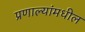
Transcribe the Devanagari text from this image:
प्रणाल्यांमधील